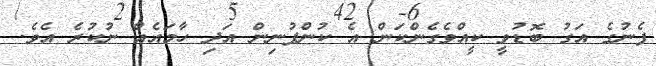
ފެނުގެ އަގު ބޮޑުވީ ކީއްވެގެންކަން އެ ކުންފުނިން އަދި ހާމައެއް ނުކުރެ އެވެ.